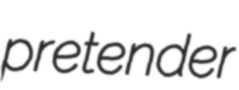
pretender